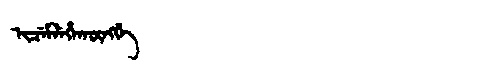
Manchu: ᡳᠴᡝᠮᠯᡝᡥᠠᡴᡡᠩᡤᡝ
Romanization: ICEMLEHAKŪNGGE